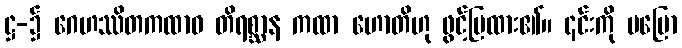
ဋ္ဌ-၌ ဂေဟဿိတကထာဝ တိရစ္ဆာန ကထာ ဟောတိဟု ဖွင့်ပြထား၏။ ၎င်းကို မပြော